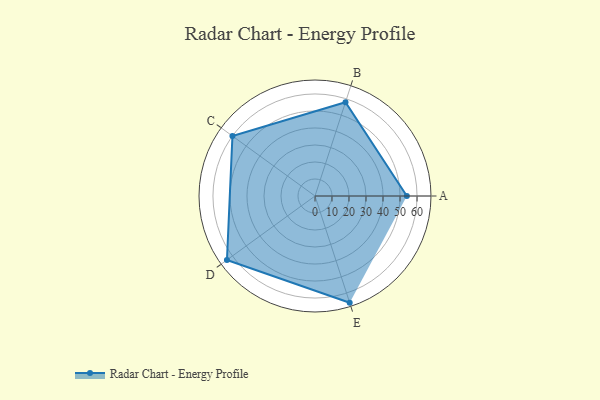
{"axis": {"x": "Skill", "y": "Score"}, "legend": ["Profile"], "data": [{"x": "A", "y": 54.0, "type": "Profile"}, {"x": "B", "y": 58.0, "type": "Profile"}, {"x": "C", "y": 60.0, "type": "Profile"}, {"x": "D", "y": 64.0, "type": "Profile"}, {"x": "E", "y": 66.0, "type": "Profile"}]}